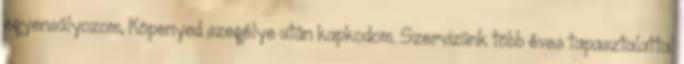
egyensúlyozom, Köpenyed szegélye után kapkodom. Szervizünk több éves tapasztalattal